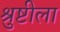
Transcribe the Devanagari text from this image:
श्रुष्टीला